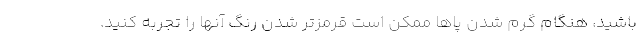
باشید، هنگام گرم شدن پاها ممکن است قرمزتر شدن رنگ آنها را تجربه کنید.